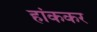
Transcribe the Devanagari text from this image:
हांककर